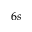
6 s